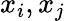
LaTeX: x_{i},x_{j}